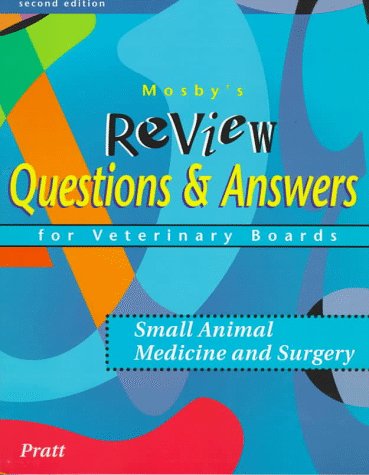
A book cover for Mosby's Review Questions & Answers For Veterinary Boards: Small Animal Medicine & Surgery, 2e; Paul Pratt VMD; Medical Books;